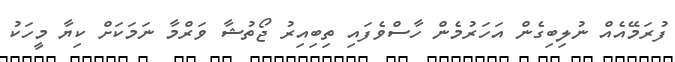
ފުރަމޭއެއް ނުލިބިގެން އަހަރުމެން ހާސްވެފައި ތިބިއިރު ޖޯތުޝާ ވަރްމާ ނަމަކަށް ކިޔާ މީހަކު